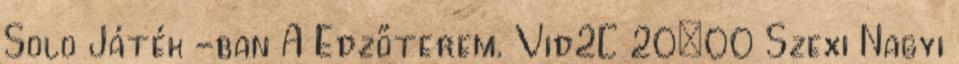
Solo Játék -ban A Edzőterem. Vid2C 20:00 Szexi Nagyi